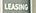
leasing